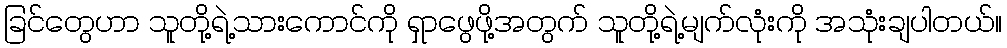
ခြင်တွေဟာ သူတို့ရဲ့သားကောင်ကို ရှာဖွေဖို့အတွက် သူတို့ရဲ့မျက်လုံးကို အသုံးချပါတယ်။